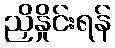
ညှိနှိုင်းရန်